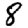
Digit: 8